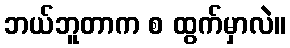
ဘယ်ဘူတာက စ ထွက်မှာလဲ။